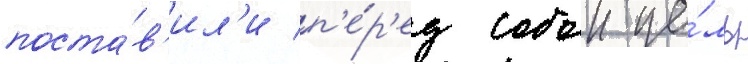
поста́в'ил'и п'е́р'ед собои це́ль